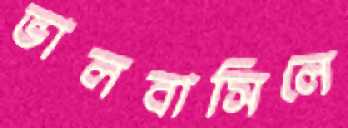
ভালবাসিলে